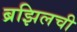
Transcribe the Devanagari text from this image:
ब्रझिलची